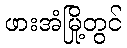
ဖားအံမြို့တွင်